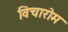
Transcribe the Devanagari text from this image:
विचारोम